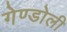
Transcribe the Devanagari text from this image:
गेण्डोली